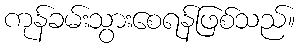
ကုန်ခမ်းသွားစေရန်ဖြစ်သည်။